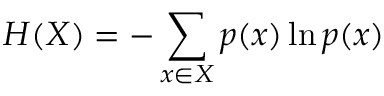
H ( X ) = - \sum _ { x \in X } p ( x ) \ln p ( x )